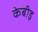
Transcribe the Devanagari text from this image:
केबीइ